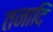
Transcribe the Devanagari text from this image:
तनादि